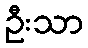
ဦးသာ